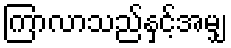
ကြာလာသည်နှင့်အမျှ